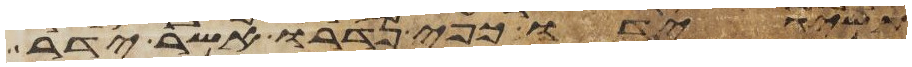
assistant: תשיג ידו כפי נדרו אשר ידר